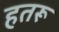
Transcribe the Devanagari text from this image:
हतरू